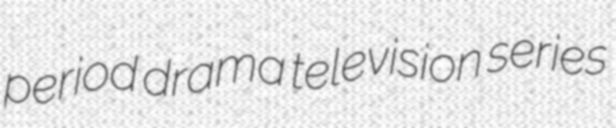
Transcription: period drama television series